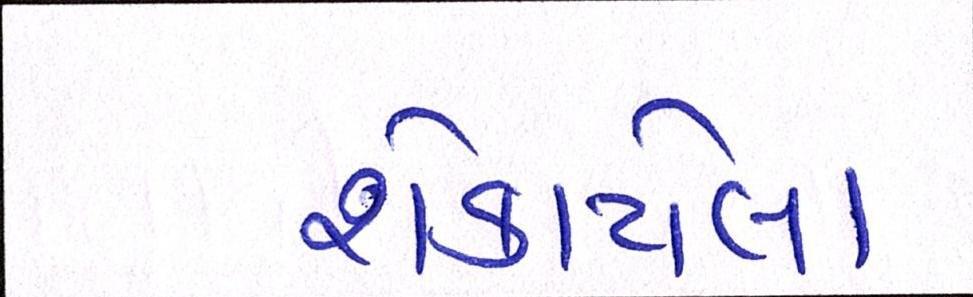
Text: શેકાયેલા